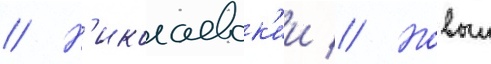
// Н'иколаевск'ии // Новыи